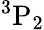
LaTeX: {}^{3}\mathrm{P}_{2}